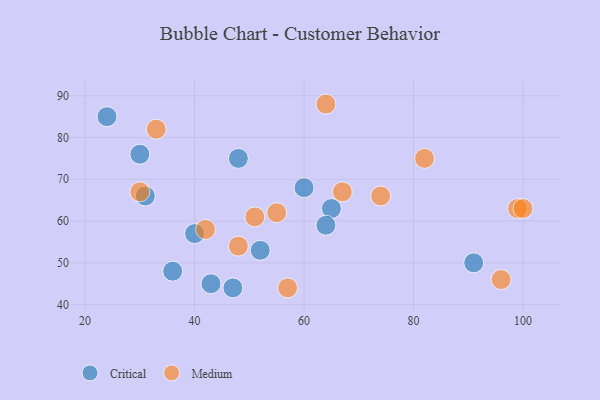
{"axis": {"x": "GDP", "y": "Life Expectancy"}, "legend": ["Critical", "Medium"], "data": [{"x": "30", "y": 76, "type": "Critical"}, {"x": "43", "y": 45, "type": "Critical"}, {"x": "48", "y": 75, "type": "Critical"}, {"x": "52", "y": 53, "type": "Critical"}, {"x": "40", "y": 57, "type": "Critical"}, {"x": "47", "y": 44, "type": "Critical"}, {"x": "65", "y": 63, "type": "Critical"}, {"x": "36", "y": 48, "type": "Critical"}, {"x": "24", "y": 85, "type": "Critical"}, {"x": "31", "y": 66, "type": "Critical"}, {"x": "60", "y": 68, "type": "Critical"}, {"x": "64", "y": 59, "type": "Critical"}, {"x": "91", "y": 50, "type": "Critical"}, {"x": "82", "y": 75, "type": "Medium"}, {"x": "57", "y": 44, "type": "Medium"}, {"x": "96", "y": 46, "type": "Medium"}, {"x": "99", "y": 63, "type": "Medium"}, {"x": "67", "y": 67, "type": "Medium"}, {"x": "30", "y": 67, "type": "Medium"}, {"x": "74", "y": 66, "type": "Medium"}, {"x": "33", "y": 82, "type": "Medium"}, {"x": "55", "y": 62, "type": "Medium"}, {"x": "51", "y": 61, "type": "Medium"}, {"x": "100", "y": 63, "type": "Medium"}, {"x": "48", "y": 54, "type": "Medium"}, {"x": "64", "y": 88, "type": "Medium"}, {"x": "42", "y": 58, "type": "Medium"}]}